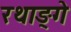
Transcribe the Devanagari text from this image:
रथाङ्गे